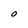
Character: 0